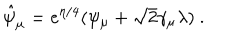
LaTeX: \hat { \psi } _ { \mu } = e ^ { \eta / 4 } ( \psi _ { \mu } + \sqrt { 2 } \gamma _ { \mu } \lambda ) \ .